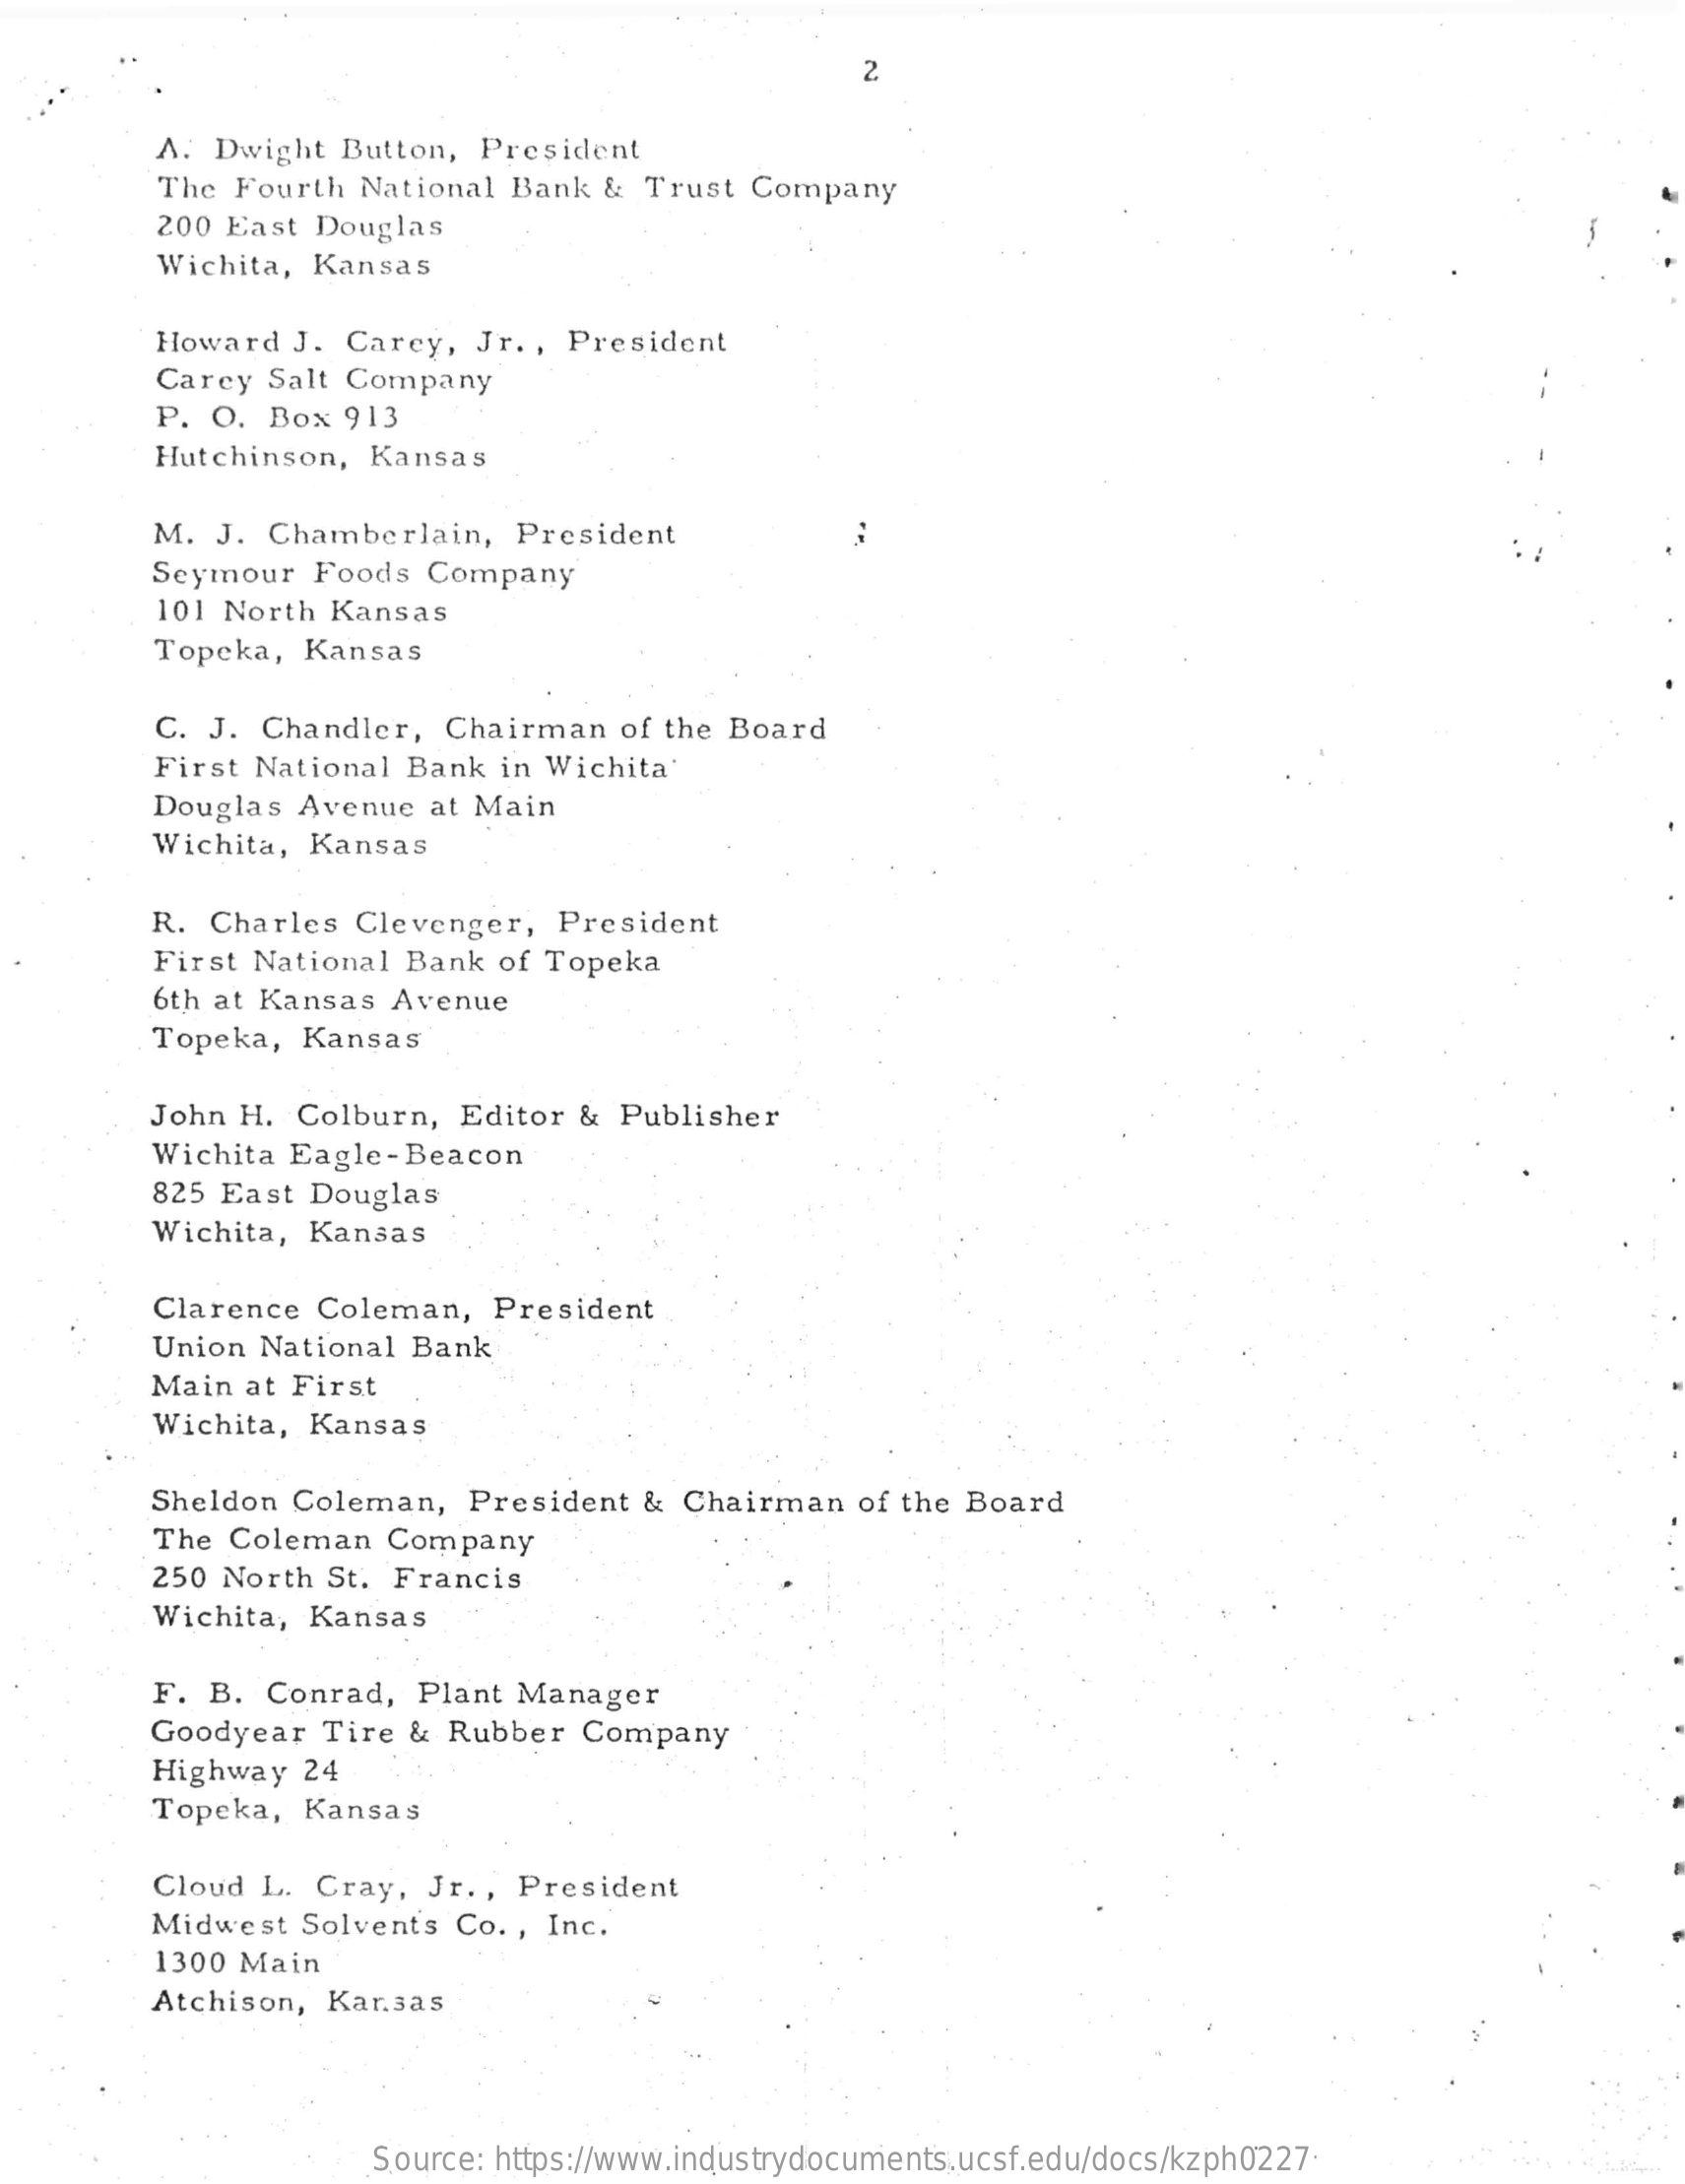
2
     A. Dwight  Button,  President
     The Fourth  National  Bank  & Trust  Company
     200 East  Douglas
     Wichita, Kansas
     Howard  J. Carey,   Jr. , President
     Carey  Salt Company
     P. O.  Box  913
     Hutchinson,  Kansas
     M. J.  Chamberlain,   President
     Seymour  Foods   Company
     101 North  Kansas
     Topeka,  Kansas
     C. J. Chandler,   Chairman   of the Board
     First National Bank  in Wichita
     Douglas Avenue   at Main
     Wichita, Kansas
     R.  Charles  Clevenger,   President
     First National Bank  of Topeka
     6th at Kansas Avenue
     Topeka,  Kansas
     John H. Colburn,   Editor &  Publisher
     Wichita Eagle-Beacon
     825 East Douglas
     Wichita, Kansas
     Clarence  Coleman,   President
     Union National Bank
     Main at First
     Wichita, Kansas
     Sheldon Coleman,   President  &  Chairman   of the Board
     The Coleman   Company
     250 North St. Francis
     Wichita, Kansas
     F. B.  Conrad,  Plant Manager
     Goodyear   Tire &  Rubber  Company
     Highway  24
     Topeka,  Kansas
     Cloud L. Cray,   Jr. , President
     Midwest   Solvents Co. , Inc.
     1300 Main
     Atchison, Kar.sas
     Source: https://www.industrydocuments.ucsf.edu/docs/kzph0227